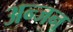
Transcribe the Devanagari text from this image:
अन्जन